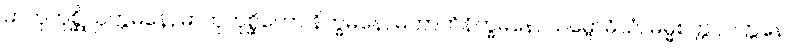
မာတုကုစ္ဆိဩက္ကမနေ, မာတုကုစ္ဆိတော နိက္ခမနေ, မဟာဘိနိက္ခမနေ, သမ္ဗောဓိယံ, ဓမ္မစက္ကပ္ပဝတ္တနေ